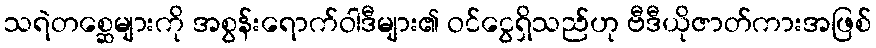
သရဲတစ္ဆေများကို အစွန်းရောက်ဝါဒီများ၏ ဝင်ငွေရှိသည်ဟု ဗီဒီယိုဇာတ်ကားအဖြစ်